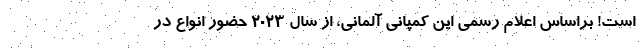
است! براساس اعلام رسمی این کمپانی آلمانی، از سال 2023 حضور انواع در